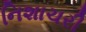
નિશાચરી